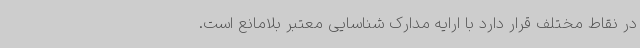
در نقاط مختلف قرار دارد با ارایه مدارک شناسایی معتبر بلامانع است.